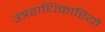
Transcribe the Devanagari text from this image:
उत्रराधिकारियों